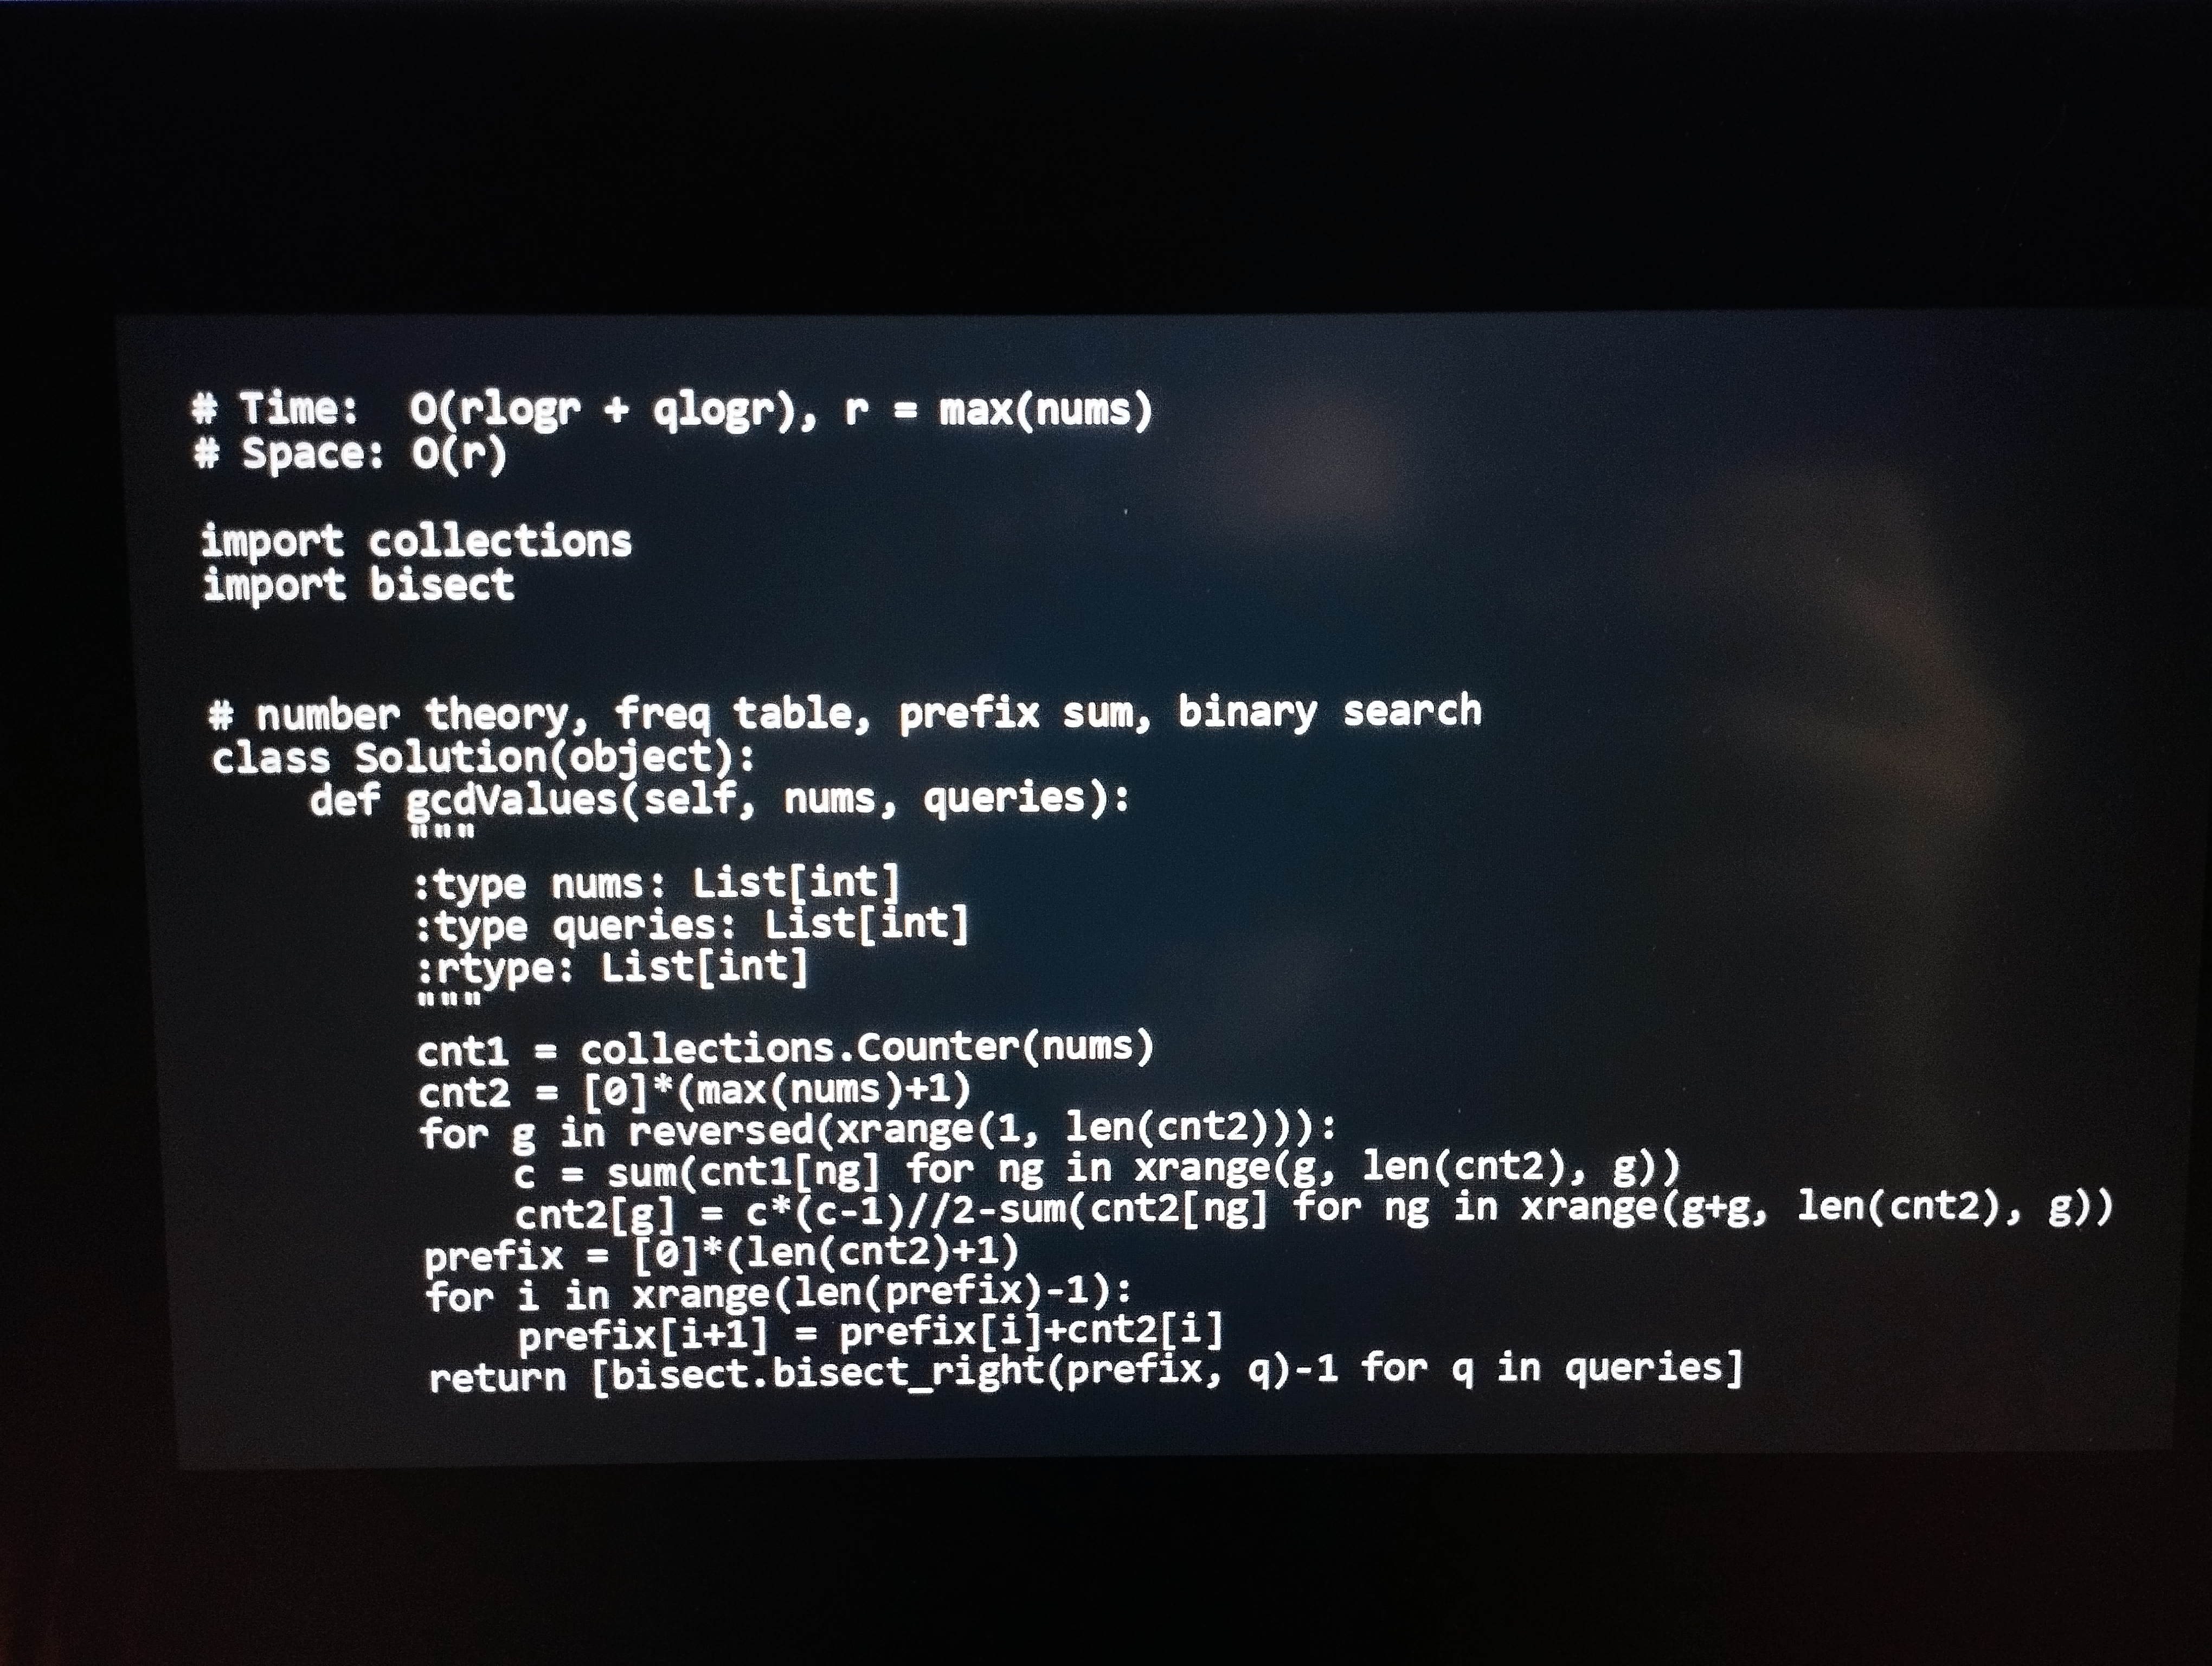
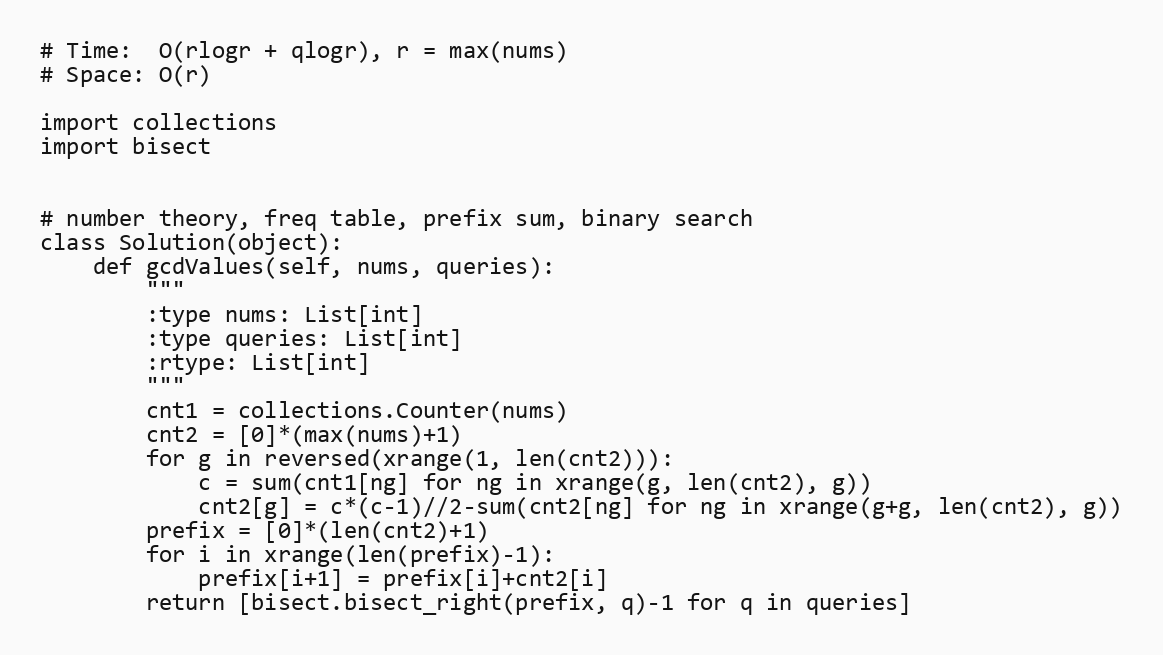
# Time:  O(rlogr + qlogr), r = max(nums)
# Space: O(r)

import collections
import bisect

# number theory, freq table, prefix sum, binary search
class Solution(object):
    def gcdValues(self, nums, queries):
        """
        :type nums: List[int]
        :type queries: List[int]
        :rtype: List[int]
        """
        cnt1 = collections.Counter(nums)
        cnt2 = [0]*(max(nums)+1)
        for g in reversed(xrange(1, len(cnt2))):
            c = sum(cnt1[ng] for ng in xrange(g, len(cnt2), g))
            cnt2[g] = c*(c-1)//2-sum(cnt2[ng] for ng in xrange(g+g, len(cnt2), g))
        prefix = [0]*(len(cnt2)+1)
        for i in xrange(len(prefix)-1):
            prefix[i+1] = prefix[i]+cnt2[i]
        return [bisect.bisect_right(prefix, q)-1 for q in queries]